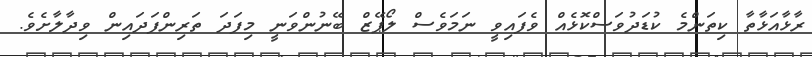
ރާޅާއަޅާތާ ކިތަންމެ ކުޑަދުވަސްކޮޅެއް ވެފައިވީ ނަމަވެސް ލޯޕޭޒް ބޭނުންވަނީ މިފަދަ ތަރިންފަދައިން ވިދާލާށެވެ.